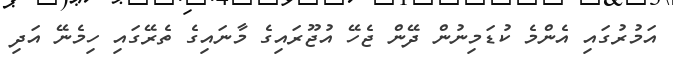
އަމުރުގައި އެންމެ ކުޑަމިނުން ދޭން ޖެހޭ އުޖޫރައިގެ މާނައިގެ ތެރޭގައި ހިމެނޭ އަދި